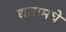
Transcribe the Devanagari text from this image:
द्यूतामधे